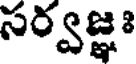
సర్వజ్ఞః